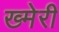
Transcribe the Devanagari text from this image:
ख्मेरी